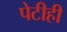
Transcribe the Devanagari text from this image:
पेटीही